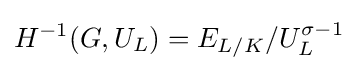
H^{-1}(G,U_{L})=E_{L/K}/U_{L}^{\sigma -1}